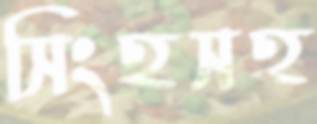
সিংহসহ